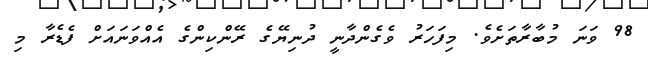
98 ވަނަ މުބާރާތަށެވެ. މިފަހަރު ވެގެންދާނީ ދުނިޔޭގެ ރޭންކިންގެ އެއްވަނައަށް ފެޑެރާ މި